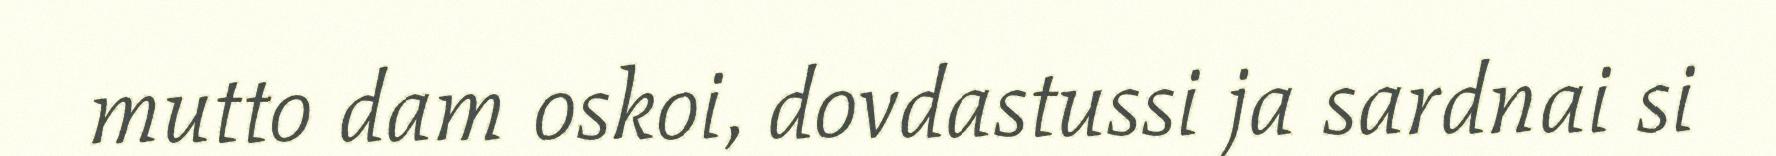
mutto dam oskoi, dovdastussi ja sardnai si